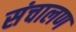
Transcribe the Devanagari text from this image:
संचालण